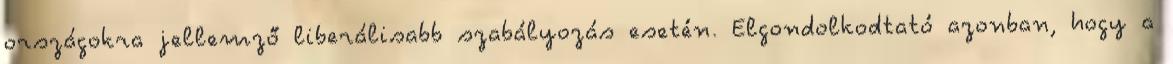
országokra jellemző liberálisabb szabályozás esetén. Elgondolkodtató azonban, hogy a